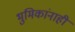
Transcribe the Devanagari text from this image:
भुमिकांनाही